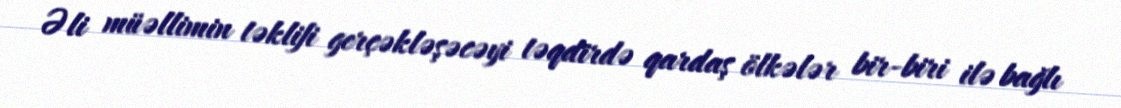
Əli müəllimin təklifi gerçəkləşəcəyi təqdirdə qardaş ölkələr bir-biri ilə bağlı